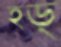
হড়্‌